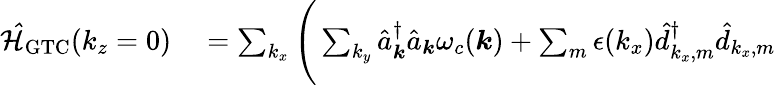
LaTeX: \begin{array}{rl}{\mathcal{\hat{H}}_{\mathrm{GTC}}(k_{z}=0)}&{{}=\sum_{k_{x}}\Bigg(\sum_{k_{y}}\hat{a}_{\boldsymbol k}^{\dagger}\hat{a}_{\boldsymbol k}\omega_{c}({\boldsymbol k})+\sum_{m}\epsilon(k_{x})\hat{d}_{k_{x},m}^{\dagger}\hat{d}_{k_{x},m}}\end{array}